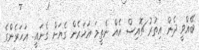
ބޭއްވީ ދެން އިތުރު ޗޮއިސް އެއް ނެތީމަ އަހަރެން ގެޔަށް ގެނައީ.. އަހަރެންގެ